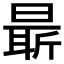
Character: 𣉛